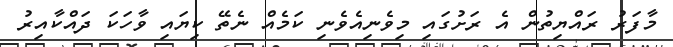
މާފަރު ރައްޔިތުން އެ ރަށުގައި މިވެނިއެވެނި ކަމެއް ނެތޭ ކިޔައި ވާހަކަ ދައްކާއިރު